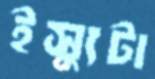
ইস্যুটা